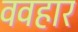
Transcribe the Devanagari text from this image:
ववहार